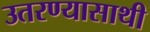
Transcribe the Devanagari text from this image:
उतरण्यासाथी